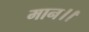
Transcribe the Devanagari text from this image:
मान।।